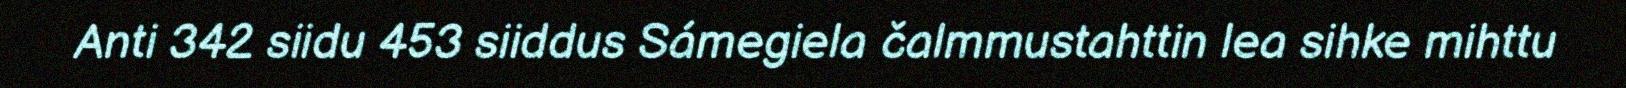
Anti 342 siidu 453 siiddus Sámegiela čalmmustahttin lea sihke mihttu